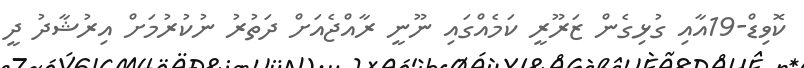
ކޮވިޑް-19އާއި ގުޅިގެން ޒަރޫރީ ކަމެއްގައި ނޫނީ ރާއްޖެއަށް ދަތުރު ނުކުރުމަށް އިރުޝާދު ދީ